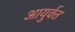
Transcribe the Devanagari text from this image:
आयुर्वत्त